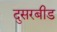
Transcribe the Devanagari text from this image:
दुसरबीड